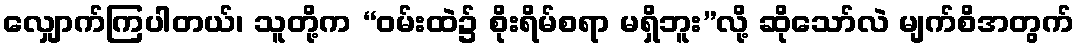
လျှောက်ကြပါတယ်၊ သူတို့က “ဝမ်းထဲ၌ စိုးရိမ်စရာ မရှိဘူး”လို့ ဆိုသော်လဲ မျက်စိအတွက်